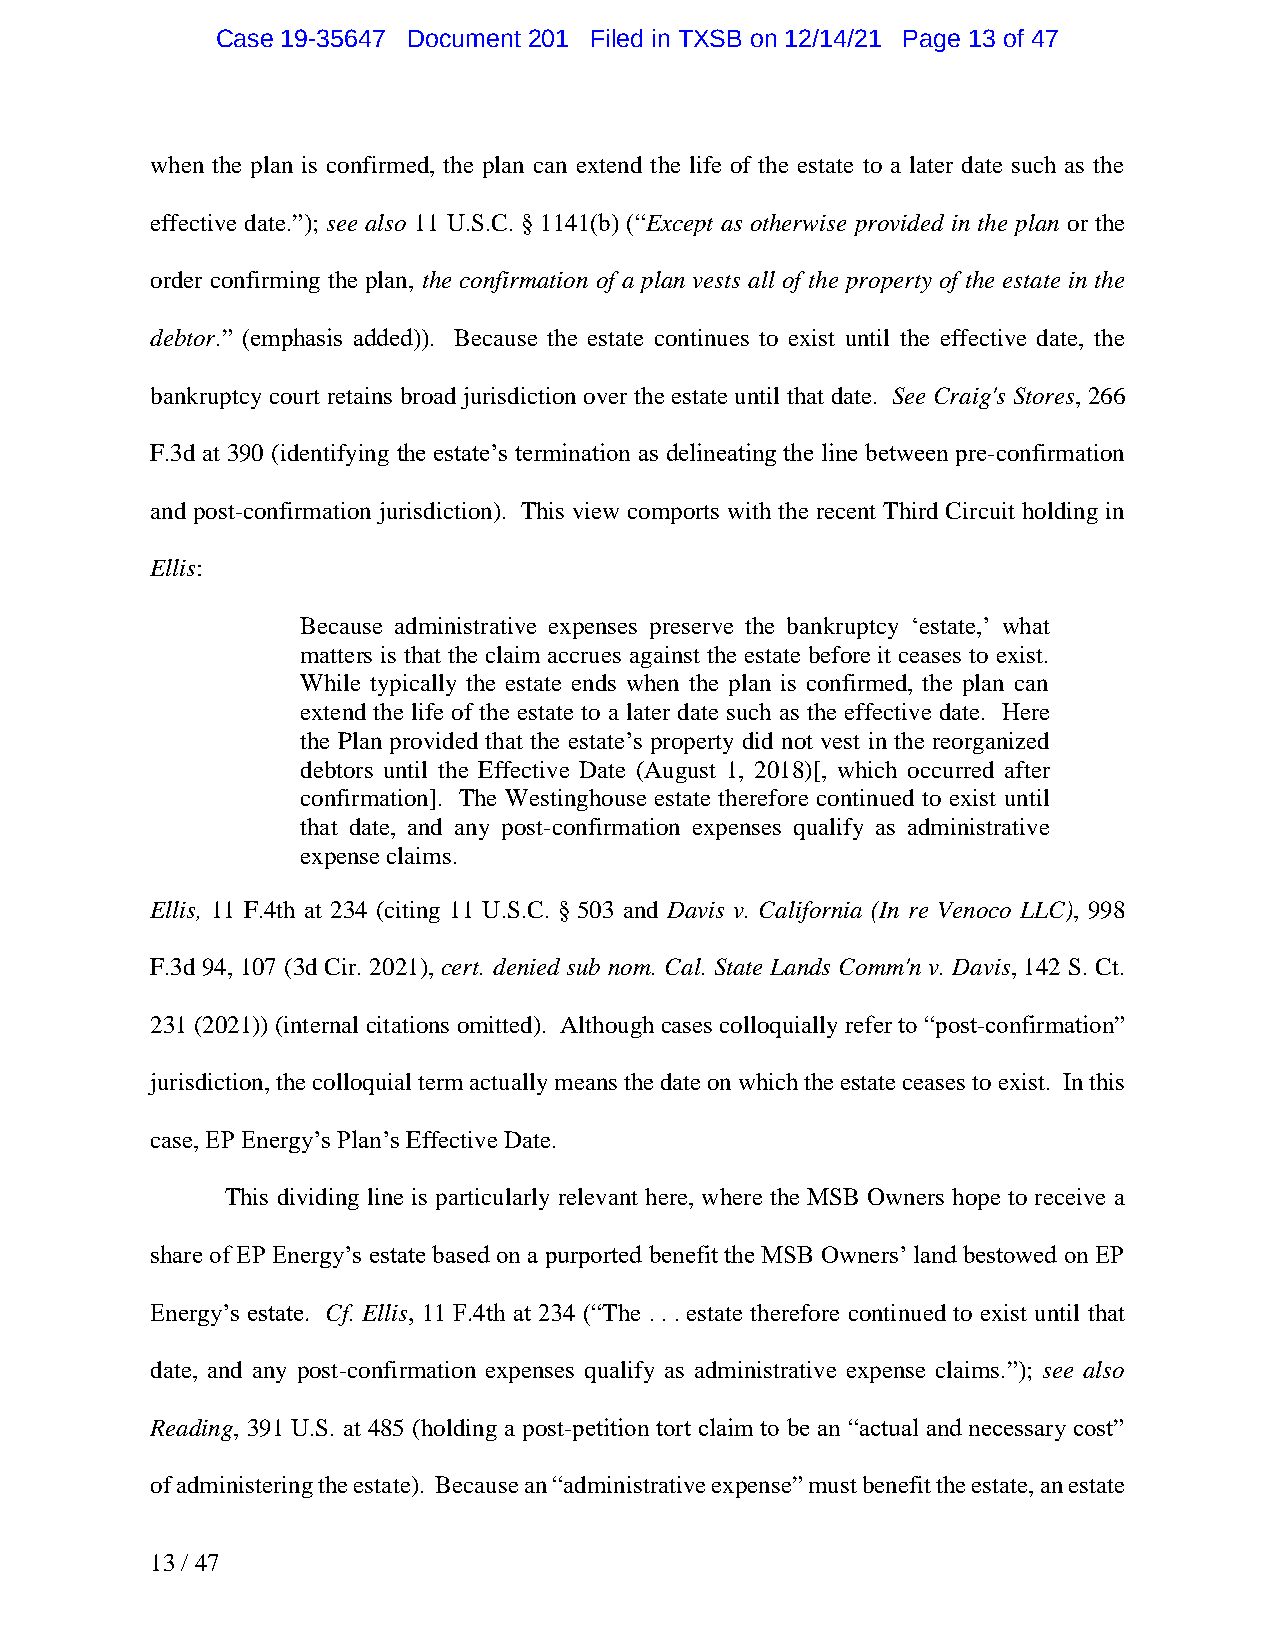
Case 19-35647 Document 201 Filed in TXSB on 12/14/21 Page 13 of 47
 when the plan is confirmed, the plan can extend the life of the estate to a later date such as the
 effective date.”); see also 11 U.S.C. § 1141(b) (“Except as otherwise provided in the plan or the
 order confirming the plan, the confirmation of a plan vests all of the property of the estate in the
 debtor.” (emphasis added)). Because the estate continues to exist until the effective date, the
 bankruptcy court retains broad jurisdiction over the estate until that date. See Craig's Stores, 266
 F.3d at 390 (identifying the estate’s termination as delineating the line between pre-confirmation
 and post-confirmation jurisdiction). This view comports with the recent Third Circuit holding in
 Ellis:
 Because administrative expenses preserve the bankruptcy ‘estate,’ what
 matters is that the claim accrues against the estate before it ceases to exist.
 While typically the estate ends when the plan is confirmed, the plan can
 extend the life of the estate to a later date such as the effective date. Here
 the Plan provided that the estate’s property did not vest in the reorganized
 debtors until the Effective Date (August 1, 2018)[, which occurred after
 confirmation]. The Westinghouse estate therefore continued to exist until
 that date, and any post-confirmation expenses qualify as administrative
 expense claims.
 Ellis, 11 F.4th at 234 (citing 11 U.S.C. § 503 and Davis v. California (In re Venoco LLC), 998
 F.3d 94, 107 (3d Cir. 2021), cert. denied sub nom. Cal. State Lands Comm'n v. Davis, 142 S. Ct.
 231 (2021)) (internal citations omitted). Although cases colloquially refer to “post-confirmation”
 jurisdiction, the colloquial term actually means the date on which the estate ceases to exist. In this
 case, EP Energy’s Plan’s Effective Date.
 This dividing line is particularly relevant here, where the MSB Owners hope to receive a
 share of EP Energy’s estate based on a purported benefit the MSB Owners’ land bestowed on EP
 Energy’s estate. Cf. Ellis, 11 F.4th at 234 (“The . . . estate therefore continued to exist until that
 date, and any post-confirmation expenses qualify as administrative expense claims.”); see also
 Reading, 391 U.S. at 485 (holding a post-petition tort claim to be an “actual and necessary cost”
 of administering the estate). Because an “administrative expense” must benefit the estate, an estate
 13 / 47